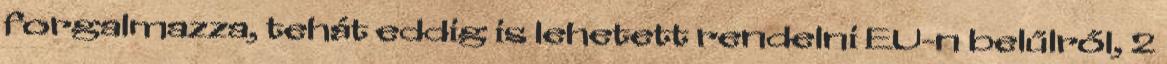
forgalmazza, tehát eddig is lehetett rendelni EU-n belűlről, 2